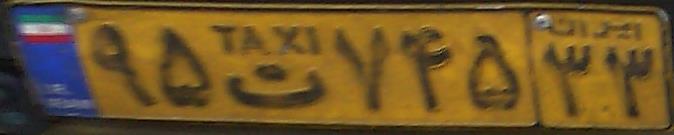
۹۵ت۷۴۵۳۳